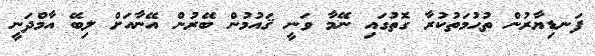
ފަނޑިޔާރުން ތުޙުމަތުކުރާ ގޮތުގައި ނޭމާ ވަނީ ޤައުމުން ބޭރުން އޭނާއަށް ލިބޭ އާމްދަނީ